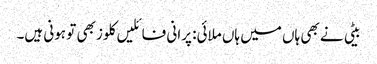
بیٹی نے بھی ہاں میں ہاں ملائی: پرانی فائلیں کلوز بھی تو ہونی ہیں۔